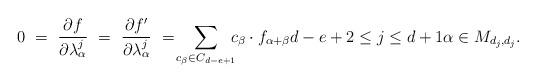
LaTeX: \begin{align*} 0\, \,= \,\,\frac{\partial f}{\partial \lambda^j_\alpha} \,\,=\,\, \frac{\partial f'}{\partial \lambda^j_\alpha}\,\, = \! \sum_{c_\beta \in C_{d-e+1}} \!\!\! c_\beta \cdot f_{\alpha+\beta} d-e+2 \leq j \leq d+1 \alpha \in M_{d_j,d_j}. \end{align*}